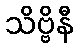
သိဗ္ဗိနီ